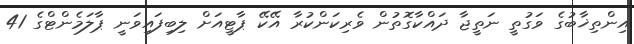
އިންތިޚާބުގެ ވަގުތީ ނަތީޖާ ދައްކާގޮތުން ވެރިކަންކުރާ އޭކޭ ޕާޓީއަށް ލިބިފައިވަނީ ޕާލަމެންޓްގެ 41